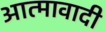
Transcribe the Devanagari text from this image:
आत्मावादी